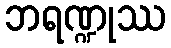
ဘရဏ္ဍုဿ